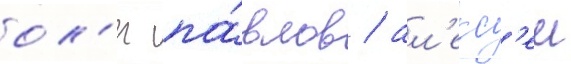
ол'ег па́влов / ал'екс'еи